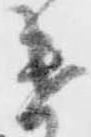
遣